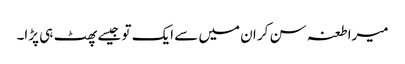
میرا طعنہ سن کر ان میں سے ایک تو جیسے پھٹ ہی پڑا۔